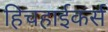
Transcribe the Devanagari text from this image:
हिचहाईकर्स